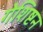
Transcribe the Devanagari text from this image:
गेशिष्टन